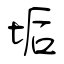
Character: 垢